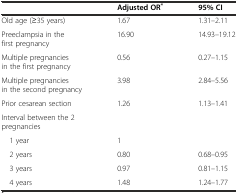
|  | Adjusted OR* | 95% CI |
 | --- | --- | --- |
 | Old age (≥35 years) | 1.67 | 1.31–2.11 |
 | Preeclampsia in the first pregnancy | 16.90 | 14.93–19.12 |
 | Multiple pregnancies in the first pregnancy | 0.56 | 0.27–1.15 |
 | Multiple pregnancies in the second pregnancy | 3.98 | 2.84–5.56 |
 | Prior cesarean section | 1.26 | 1.13–1.41 |
 | Interval between the 2 pregnancies |  |  |
 | 1 year | 1 |  |
 | 2 years | 0.80 | 0.68–0.95 |
 | 3 years | 0.97 | 0.81–1.15 |
 | 4 years | 1.48 | 1.24–1.77 |